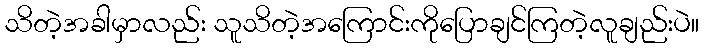
သိတဲ့အခါမှာလည်း သူသိတဲ့အကြောင်းကိုပြောချင်ကြတဲ့လူချည်းပဲ။